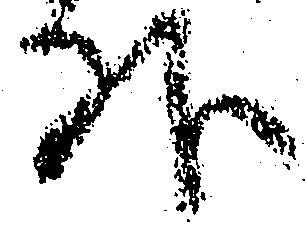
外